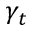
\gamma _ { t }